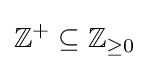
\mathbb {Z} ^{+}\subseteq \mathbb {Z} _{\geq 0}